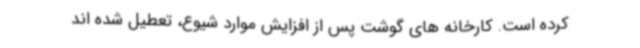
کرده است. کارخانه های گوشت پس از افزایش موارد شیوع، تعطیل شده اند